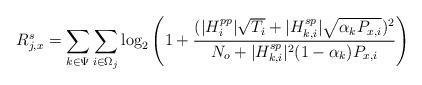
LaTeX: \begin{align*}R_{j,x}^{s}=\sum_{k \in \Psi} \sum_{i \in \Omega_j} \log_2 \left(1+\frac{(|H_i^{pp}| \sqrt{T_i}+|H_{k,i}^{sp}| \sqrt{\alpha_k P_{x,i}})^2}{N_o+|H_{k,i}^{sp}|^2 (1-\alpha_k) P_{x,i}}\right)\end{align*}